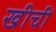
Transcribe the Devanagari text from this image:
खीचीं